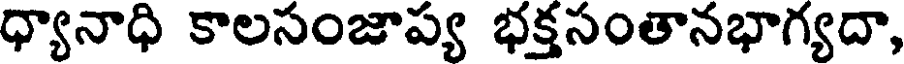
ధ్యానాధి కాలసంజాప్య భక్తసంతానభాగ్యదా,